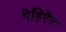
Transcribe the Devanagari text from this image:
ऐड्रिऐन